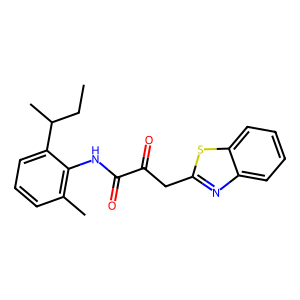
SMILES: CCC(C)c1cccc(C)c1NC(=O)C(=O)Cc1nc2ccccc2s1
Inhibits HIV replication: No